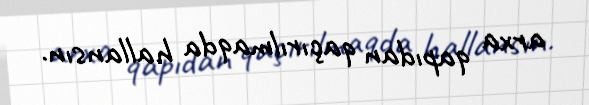
arxa qapıdan qaçırılmaqda hallansın.